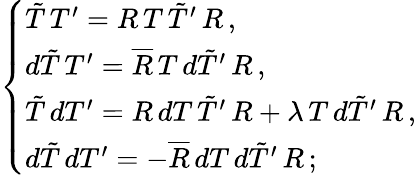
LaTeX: \left\{ \begin{array}{l}{{\tilde{T}\, T^{\prime}=R\, T\, \tilde{T}^{\prime}\, R\, ,}}\\ {{d\tilde{T}\, T^{\prime}=\overline{{{R}}}\, T\, d\tilde{T}^{\prime}\, R\, ,}}\\ {{\tilde{T}\, dT^{\prime}=R\, dT\, \tilde{T}^{\prime}\, R+\lambda\, T\, d\tilde{T}^{\prime}\, R\, ,}}\\ {{d\tilde{T}\, dT^{\prime}=-\overline{{{R}}}\, dT\, d\tilde{T}^{\prime}\, R\, ;}}\end{array}\right.